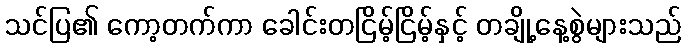
သင်ပြ၏ ကော့တက်ကာ ခေါင်းတငြိမ့်ငြိမ့်နှင့် တချို့နေ့စွဲများသည်